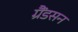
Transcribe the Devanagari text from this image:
ग्रैंडसन